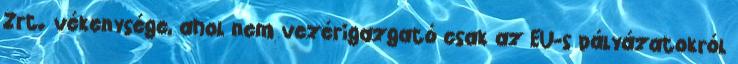
Zrt. vékenysége, ahol nem vezérigazgató csak az EU-s pályázatokról